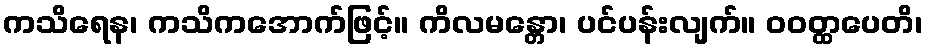
ကသိရေန၊ ကသိကအောက်ဖြင့်။ ကိလမန္တော၊ ပင်ပန်းလျက်။ ဝဝတ္ထပေတိ၊